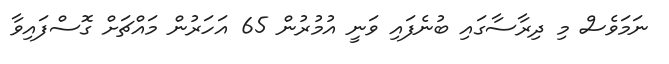
ނަމަވެސް މި ދިރާސާގައި ބުނެފައި ވަނީ އުމުރުން 65 އަހަރުން މައްޗަށް ގޮސްފައިވާ